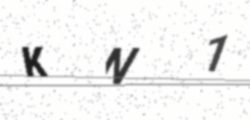
Text: KN1